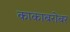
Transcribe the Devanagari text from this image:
काकाबरोबर